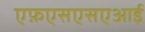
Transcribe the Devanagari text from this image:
एफ़एसएसएआई